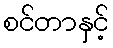
စင်တာနှင့်